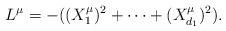
LaTeX: \begin{align*}L^\mu = -((X_1^\mu)^2+\dots+(X_{d_1}^\mu)^2).\end{align*}